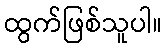
ထွက်ဖြစ်သူပါ။